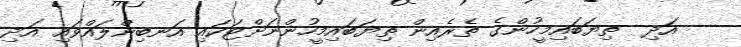
އަދި  ތިޔަބައިމީހުންގެ ތެރެއިން ތިޔަބައިމީހުންނަށްޓަކައި އަނބިންލައްވައި އަދި